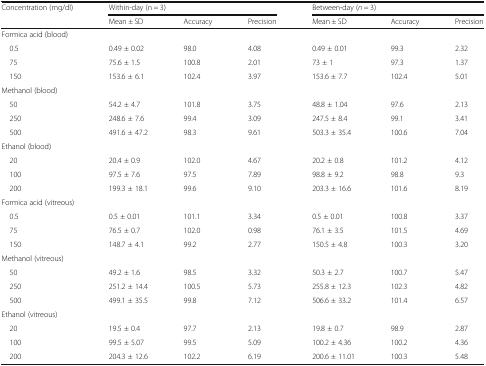
<table><thead><tr><td rowspan="2"><b>Concentration (mg/dl)</b></td><td colspan="3"><b>Within-day (n = 3)</b></td><td colspan="3"><b>Between-day (<i>n</i> = 3)</b></td></tr><tr><td><b>Mean ± SD</b></td><td><b>Accuracy</b></td><td><b>Precision</b></td><td><b>Mean ± SD</b></td><td><b>Accuracy</b></td><td><b>Precision</b></td></tr></thead><tbody><tr><td colspan="7">Formica acid (blood)</td></tr><tr><td> 0.5</td><td>0.49 ± 0.02</td><td>98.0</td><td>4.08</td><td>0.49 ± 0.01</td><td>99.3</td><td>2.32</td></tr><tr><td> 75</td><td>75.6 ± 1.5</td><td>100.8</td><td>2.01</td><td>73 ± 1</td><td>97.3</td><td>1.37</td></tr><tr><td> 150</td><td>153.6 ± 6.1</td><td>102.4</td><td>3.97</td><td>153.6 ± 7.7</td><td>102.4</td><td>5.01</td></tr><tr><td colspan="7">Methanol (blood)</td></tr><tr><td> 50</td><td>54.2 ± 4.7</td><td>101.8</td><td>3.75</td><td>48.8 ± 1.04</td><td>97.6</td><td>2.13</td></tr><tr><td> 250</td><td>248.6 ± 7.6</td><td>99.4</td><td>3.09</td><td>247.5 ± 8.4</td><td>99.1</td><td>3.41</td></tr><tr><td> 500</td><td>491.6 ± 47.2</td><td>98.3</td><td>9.61</td><td>503.3 ± 35.4</td><td>100.6</td><td>7.04</td></tr><tr><td colspan="7">Ethanol (blood)</td></tr><tr><td> 20</td><td>20.4 ± 0.9</td><td>102.0</td><td>4.67</td><td>20.2 ± 0.8</td><td>101.2</td><td>4.12</td></tr><tr><td> 100</td><td>97.5 ± 7.6</td><td>97.5</td><td>7.89</td><td>98.8 ± 9.2</td><td>98.8</td><td>9.3</td></tr><tr><td> 200</td><td>199.3 ± 18.1</td><td>99.6</td><td>9.10</td><td>203.3 ± 16.6</td><td>101.6</td><td>8.19</td></tr><tr><td colspan="7">Formica acid (vitreous)</td></tr><tr><td> 0.5</td><td>0.5 ± 0.01</td><td>101.1</td><td>3.34</td><td>0.5 ± 0.01</td><td>100.8</td><td>3.37</td></tr><tr><td> 75</td><td>76.5 ± 0.7</td><td>102.0</td><td>0.98</td><td>76.1 ± 3.5</td><td>101.5</td><td>4.69</td></tr><tr><td> 150</td><td>148.7 ± 4.1</td><td>99.2</td><td>2.77</td><td>150.5 ± 4.8</td><td>100.3</td><td>3.20</td></tr><tr><td colspan="7">Methanol (vitreous)</td></tr><tr><td> 50</td><td>49.2 ± 1.6</td><td>98.5</td><td>3.32</td><td>50.3 ± 2.7</td><td>100.7</td><td>5.47</td></tr><tr><td> 250</td><td>251.2 ± 14.4</td><td>100.5</td><td>5.73</td><td>255.8 ± 12.3</td><td>102.3</td><td>4.82</td></tr><tr><td> 500</td><td>499.1 ± 35.5</td><td>99.8</td><td>7.12</td><td>506.6 ± 33.2</td><td>101.4</td><td>6.57</td></tr><tr><td colspan="7">Ethanol (vitreous)</td></tr><tr><td> 20</td><td>19.5 ± 0.4</td><td>97.7</td><td>2.13</td><td>19.8 ± 0.7</td><td>98.9</td><td>2.87</td></tr><tr><td> 100</td><td>99.5 ± 5.07</td><td>99.5</td><td>5.09</td><td>100.2 ± 4.36</td><td>100.2</td><td>4.36</td></tr><tr><td> 200</td><td>204.3 ± 12.6</td><td>102.2</td><td>6.19</td><td>200.6 ± 11.01</td><td>100.3</td><td>5.48</td></tr></tbody></table>